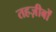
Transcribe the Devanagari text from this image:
तहज़ीबों